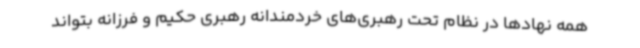
همه نهادها در نظام تحت رهبری‌های خردمندانه رهبری حکیم و فرزانه بتواند